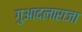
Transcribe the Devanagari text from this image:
गुआदलाराजा